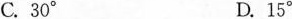
C. 30° D. 15°